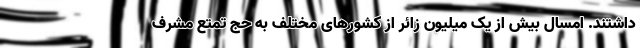
داشتند. امسال بیش از یک میلیون زائر از کشورهای مختلف به حج تمتع مشرف